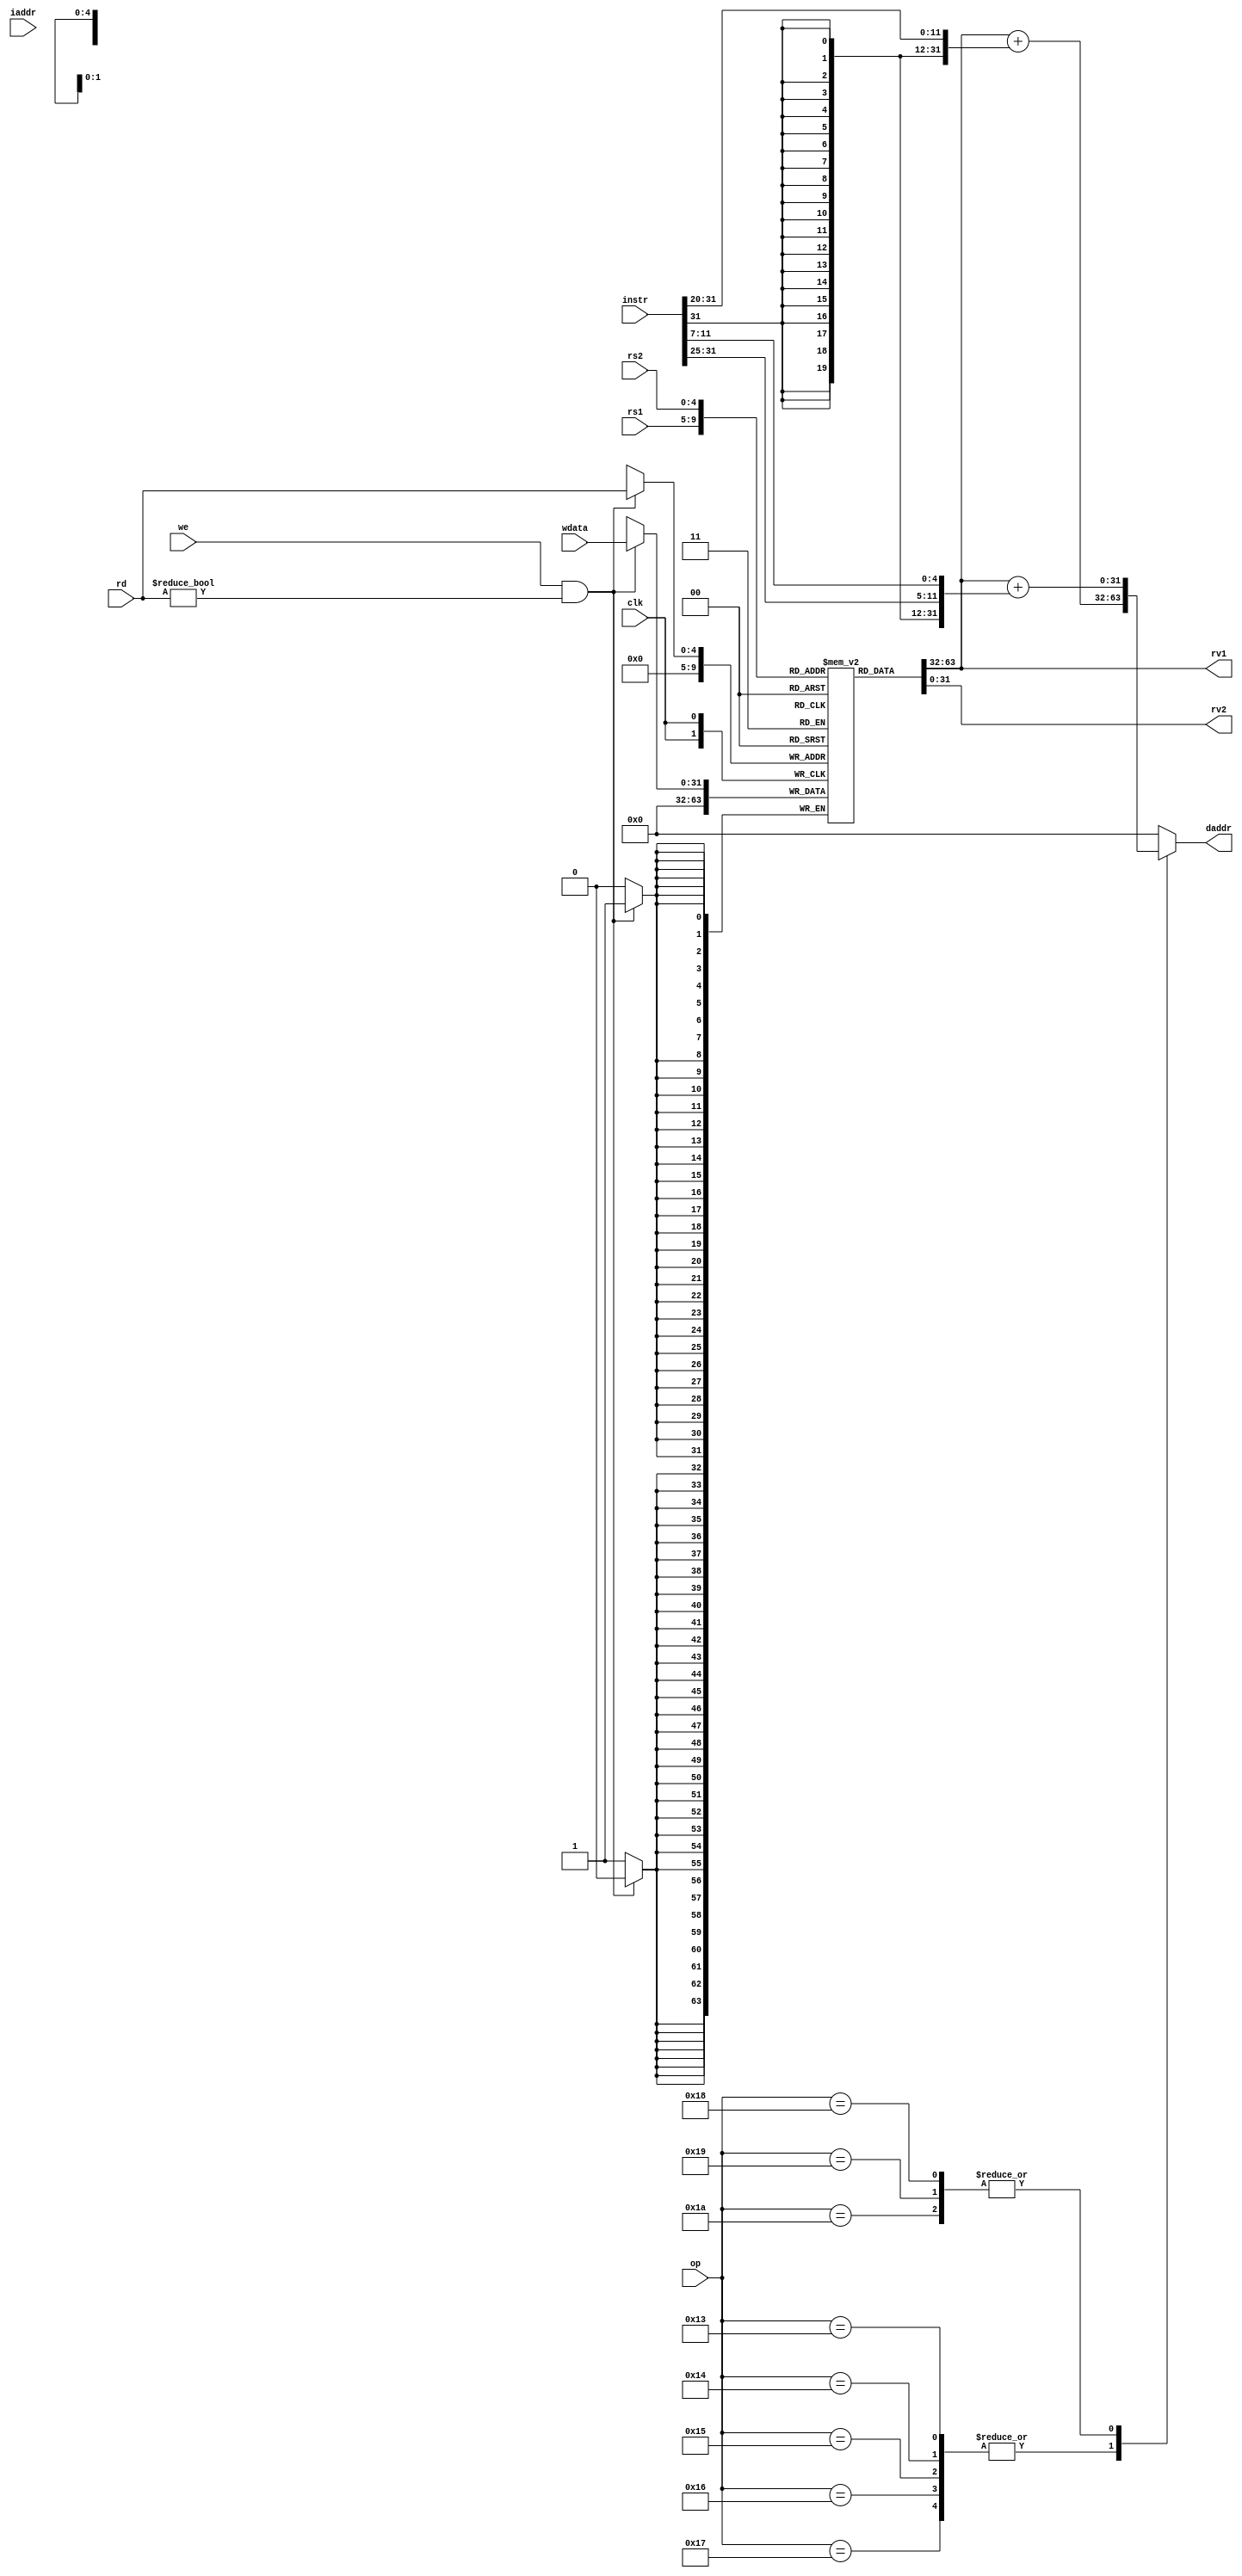
module regfile(
    input [4:0] rs1,     // address of first operand to read - 5 bits
    input [4:0] rs2,     // address of second operand
    input [4:0] rd,      // address of value to write
    input we,            // should write update occur
    input [31:0] wdata,  // value to be written
    output [31:0] rv1,   // First read value
    output [31:0] rv2,   // Second read value
    input clk,            // Clock signal - all changes at clock posedge
    input [5:0] op,
    input [31:0] instr,
    output reg [31:0] daddr,
    input [31:0] iaddr
);
    // Desired function
    // rv1, rv2 are combinational outputs - they will update whenever rs1, rs2 change
    // on clock edge, if we=1, regfile entry for rd will be updated

    integer i;
    reg [31:0] memory [0:31];
    reg [31:0] rv1, rv2;
    
    initial begin
        for (i=0;i<32;i=i+1) begin
            memory[i] = 0;
            end
        end
    
    always @* begin
        rv1 = memory[rs1];
        rv2 = memory[rs2];
        case(op)
            19,20,21,22,
            23: daddr = rv1 + {{20{instr[31]}},instr[31:20]};
            24,25,
            26: daddr = rv1 + {{ 20{instr[31]}},instr[31:25],instr[11:7]};
            default : daddr = 0;  //added default in a8
        endcase 
    end
    
    always @(posedge clk) begin  //regfile same as A5 just keeping r0 = 0
        if(we == 1 & rd!= 0) begin
            memory[rd] <= wdata;
         end
        else begin
            memory[0]<=0;            //added else statement to synthesize the code
        end
    end
endmodule